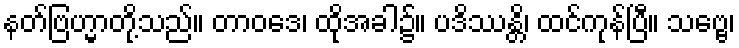
နတ်ဗြဟ္မာတို့သည်။ တာဝဒေ၊ ထိုအခါ၌။ ပဒိဿန္တိ၊ ထင်ကုန်ပြီ။ သဗ္ဗေ၊